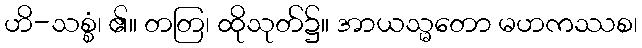
ဟိ-သစ္စံ၊ ၏။ တတြ၊ ထိုသုတ်၌။ အာယသ္မတော မဟကဿစ၊